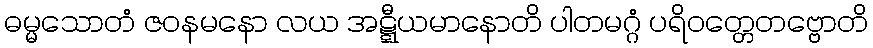
ဓမ္မသောတံ ဇဝနမနော လယ အဋ္ဋီယမာနောတိ ပါတမဂ္ဂံ ပရိဝတ္တေတဗ္ဗောတိ